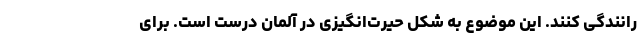
رانندگی کنند. این موضوع به شکل حیرت‌انگیزی در آلمان درست است. برای